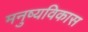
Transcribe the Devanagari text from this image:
मनुष्यविकास